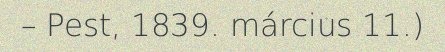
– Pest, 1839. március 11.)